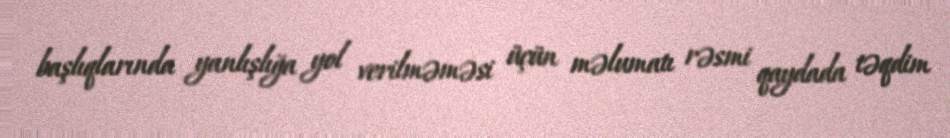
başlıqlarında yanlışlığa yol verilməməsi üçün məlumatı rəsmi qaydada təqdim